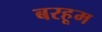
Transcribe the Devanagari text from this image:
बरहूम